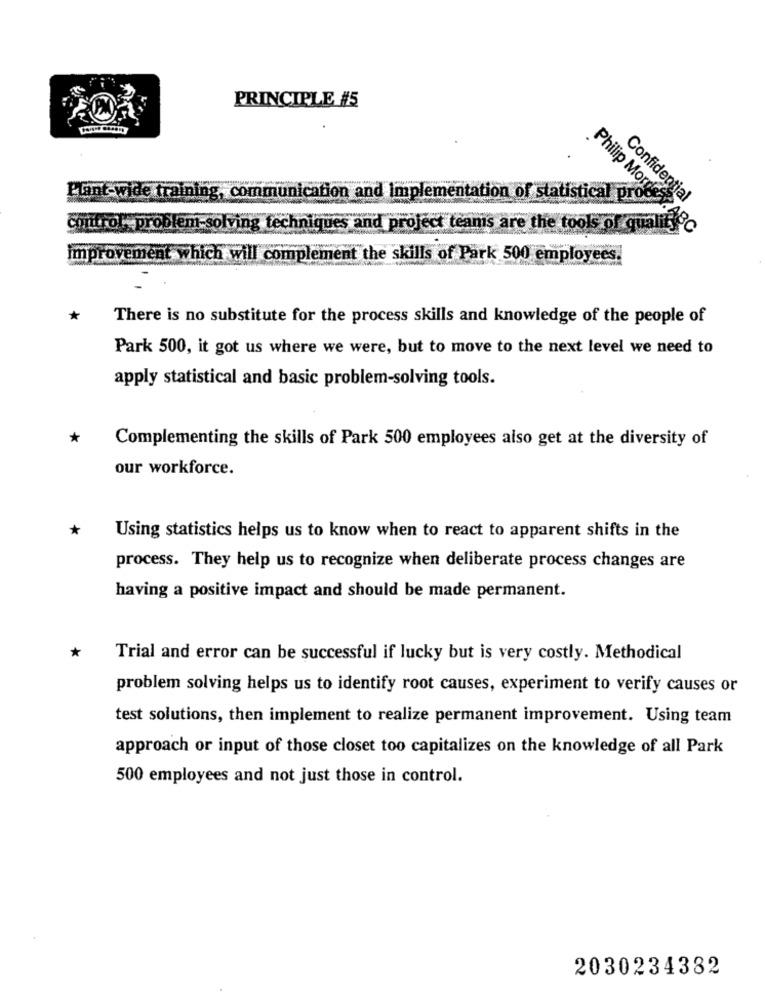
PRINCIPLE #5
Plant-wide training, communication and Implementation of statistical proc
Confidential
control. problem-solving techniques and project teams are the tools of quality
Philip Morrisy. ABC
improvement which will complement the skills of Park 500 employees.
*
There is no substitute for the process skills and knowledge of the people of
Park 500, it got us where we were, but to move to the next level we need to
apply statistical and basic problem-solving tools.
*
Complementing the skills of Park 500 employees also get at the diversity of
our workforce.
Using statistics helps us to know when to react to apparent shifts in the
process. They help us to recognize when deliberate process changes are
having a positive impact and should be made permanent.
*
Trial and error can be successful if lucky but is very costly. Methodical
problem solving helps us to identify root causes, experiment to verify causes or
test solutions, then implement to realize permanent improvement. Using team
approach or input of those closet too capitalizes on the knowledge of all Park
500 employees and not just those in control.
2030234382